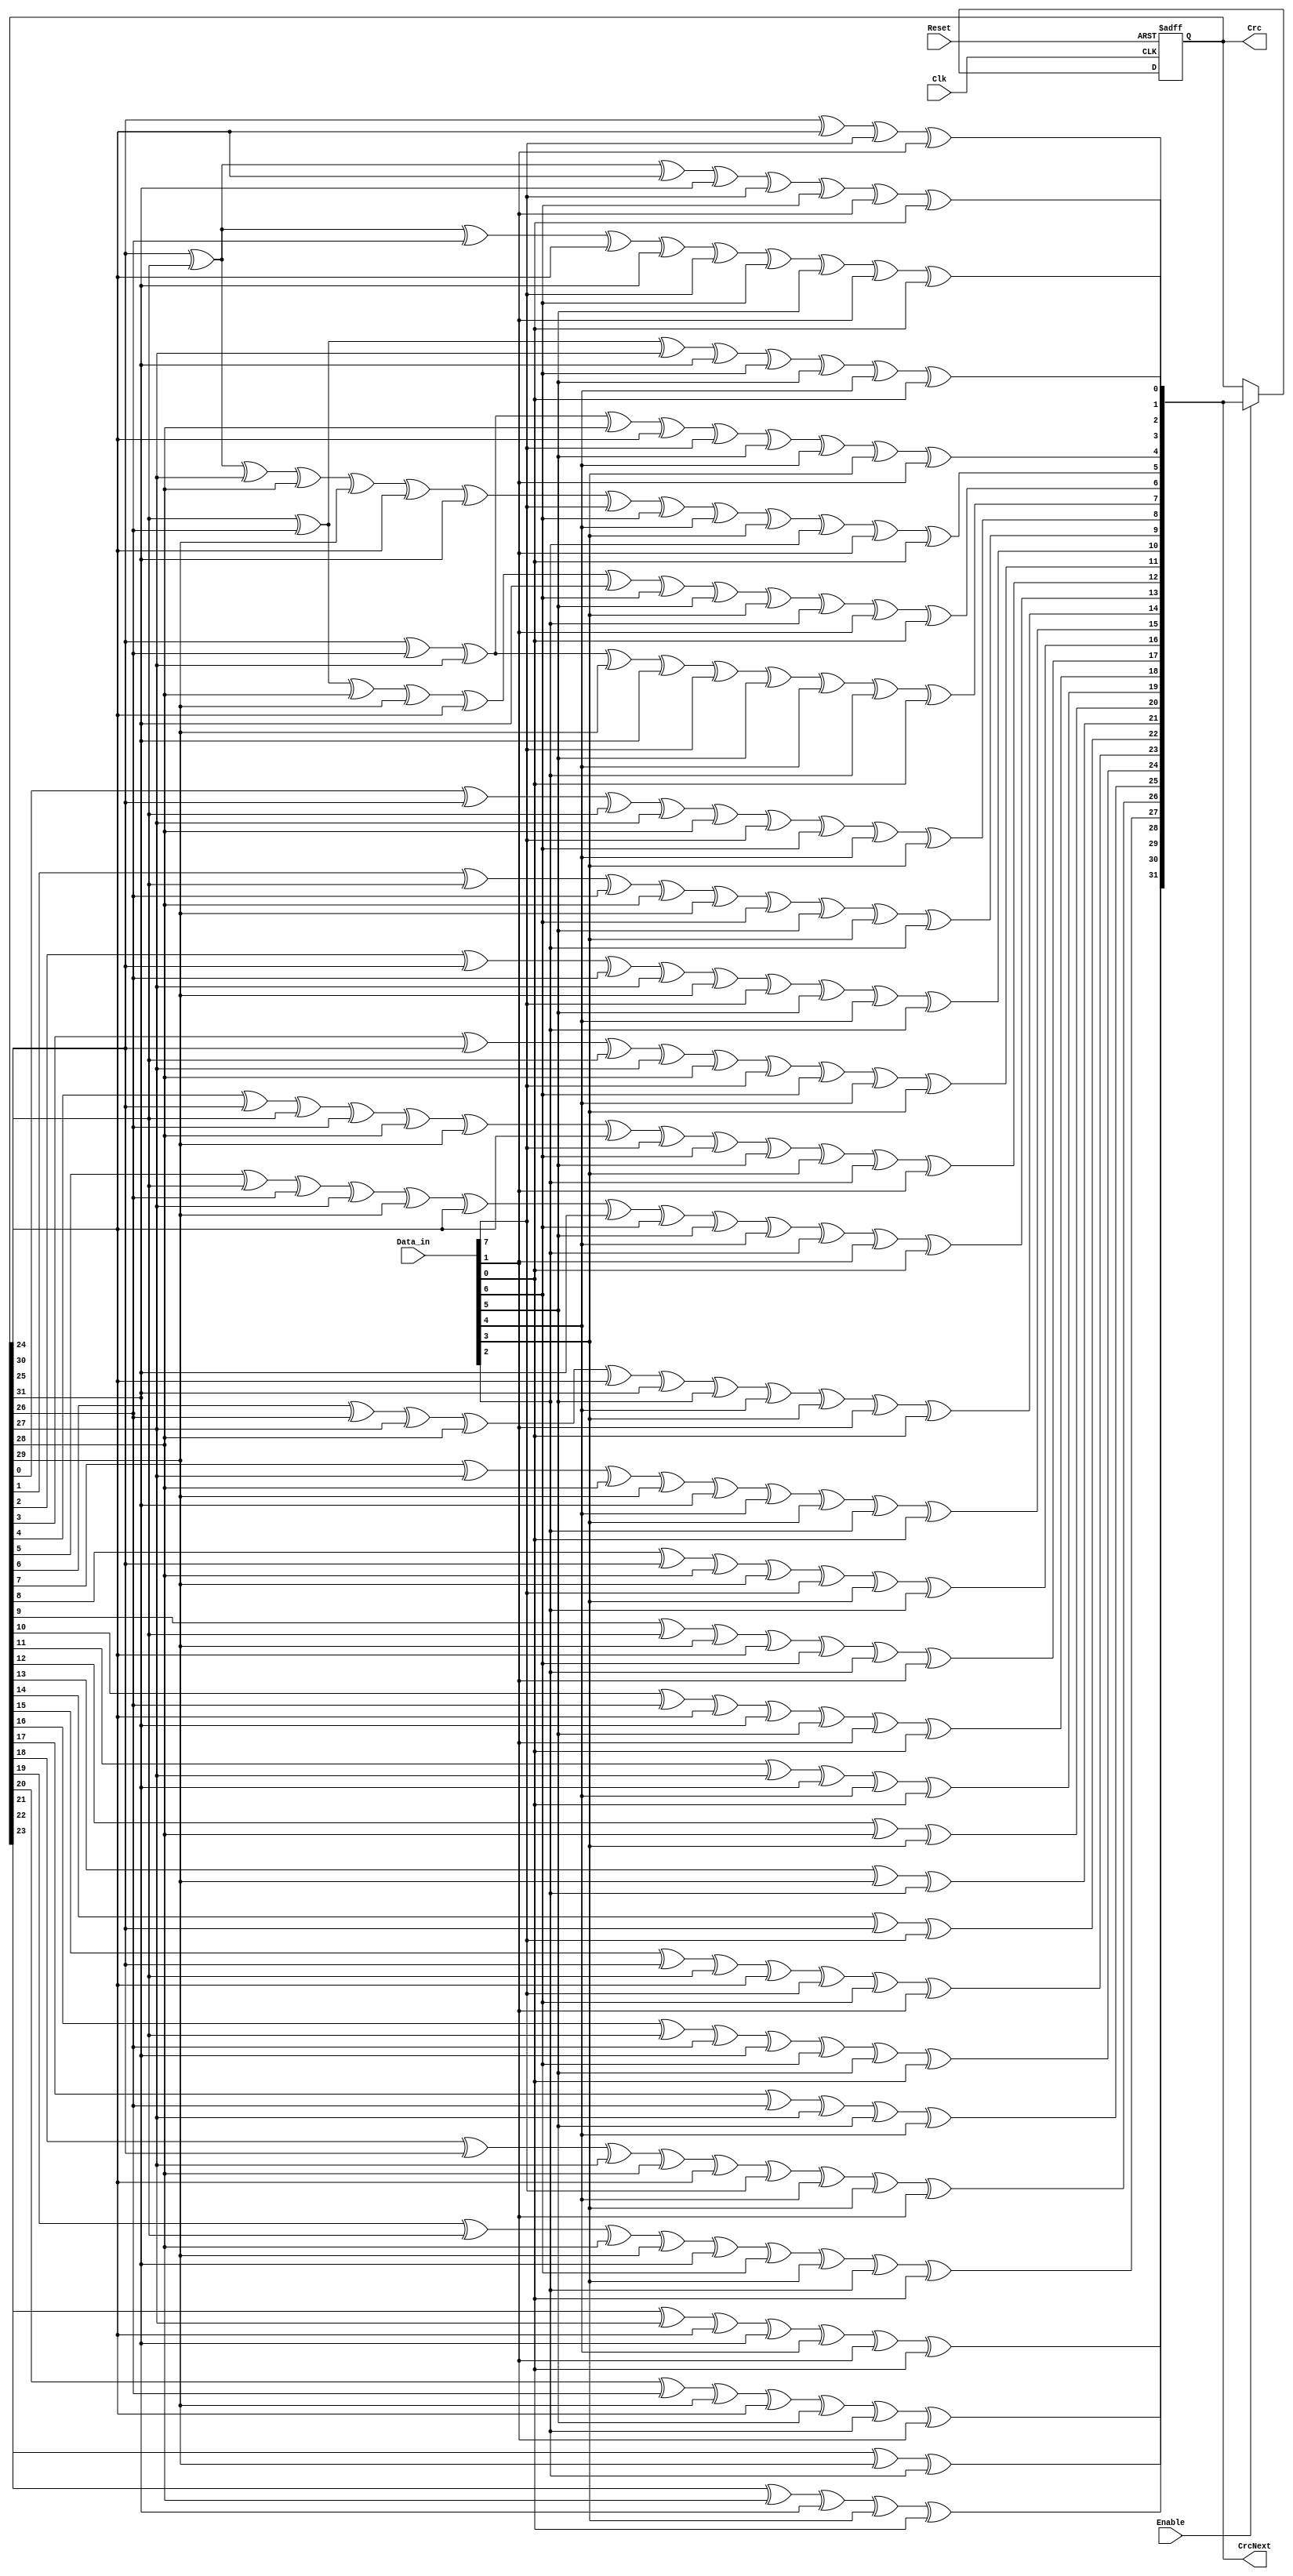
`timescale 1ns / 1ps
/****************************************/
//      CRC32   //
/****************************************/
module crc (Clk, Reset, Data_in, Enable, Crc,CrcNext);


parameter Tp = 1;

input Clk;
input Reset;
input [7:0] Data_in;
input Enable;

output [31:0] Crc;
reg  [31:0] Crc;

output [31:0] CrcNext;

wire [7:0] Data;

assign Data={Data_in[0],Data_in[1],Data_in[2],Data_in[3],Data_in[4],Data_in[5],Data_in[6],Data_in[7]};


assign CrcNext[0] = Crc[24] ^ Crc[30] ^ Data[0] ^ Data[6];
assign CrcNext[1] = Crc[24] ^ Crc[25] ^ Crc[30] ^ Crc[31] ^ Data[0] ^ Data[1] ^ Data[6] ^ Data[7];
assign CrcNext[2] = Crc[24] ^ Crc[25] ^ Crc[26] ^ Crc[30] ^ Crc[31] ^ Data[0] ^ Data[1] ^ Data[2] ^ Data[6] ^ Data[7];
assign CrcNext[3] = Crc[25] ^ Crc[26] ^ Crc[27] ^ Crc[31] ^ Data[1] ^ Data[2] ^ Data[3] ^ Data[7];
assign CrcNext[4] = Crc[24] ^ Crc[26] ^ Crc[27] ^ Crc[28] ^ Crc[30] ^ Data[0] ^ Data[2] ^ Data[3] ^ Data[4] ^ Data[6];
assign CrcNext[5] = Crc[24] ^ Crc[25] ^ Crc[27] ^ Crc[28] ^ Crc[29] ^ Crc[30] ^ Crc[31] ^ Data[0] ^ Data[1] ^ Data[3] ^ Data[4] ^ Data[5] ^ Data[6] ^ Data[7];
assign CrcNext[6] = Crc[25] ^ Crc[26] ^ Crc[28] ^ Crc[29] ^ Crc[30] ^ Crc[31] ^ Data[1] ^ Data[2] ^ Data[4] ^ Data[5] ^ Data[6] ^ Data[7];
assign CrcNext[7] = Crc[24] ^ Crc[26] ^ Crc[27] ^ Crc[29] ^ Crc[31] ^ Data[0] ^ Data[2] ^ Data[3] ^ Data[5] ^ Data[7];
assign CrcNext[8] = Crc[0] ^ Crc[24] ^ Crc[25] ^ Crc[27] ^ Crc[28] ^ Data[0] ^ Data[1] ^ Data[3] ^ Data[4];
assign CrcNext[9] = Crc[1] ^ Crc[25] ^ Crc[26] ^ Crc[28] ^ Crc[29] ^ Data[1] ^ Data[2] ^ Data[4] ^ Data[5];
assign CrcNext[10] = Crc[2] ^ Crc[24] ^ Crc[26] ^ Crc[27] ^ Crc[29] ^ Data[0] ^ Data[2] ^ Data[3] ^ Data[5];
assign CrcNext[11] = Crc[3] ^ Crc[24] ^ Crc[25] ^ Crc[27] ^ Crc[28] ^ Data[0] ^ Data[1] ^ Data[3] ^ Data[4];
assign CrcNext[12] = Crc[4] ^ Crc[24] ^ Crc[25] ^ Crc[26] ^ Crc[28] ^ Crc[29] ^ Crc[30] ^ Data[0] ^ Data[1] ^ Data[2] ^ Data[4] ^ Data[5] ^ Data[6];
assign CrcNext[13] = Crc[5] ^ Crc[25] ^ Crc[26] ^ Crc[27] ^ Crc[29] ^ Crc[30] ^ Crc[31] ^ Data[1] ^ Data[2] ^ Data[3] ^ Data[5] ^ Data[6] ^ Data[7];
assign CrcNext[14] = Crc[6] ^ Crc[26] ^ Crc[27] ^ Crc[28] ^ Crc[30] ^ Crc[31] ^ Data[2] ^ Data[3] ^ Data[4] ^ Data[6] ^ Data[7];
assign CrcNext[15] =  Crc[7] ^ Crc[27] ^ Crc[28] ^ Crc[29] ^ Crc[31] ^ Data[3] ^ Data[4] ^ Data[5] ^ Data[7];
assign CrcNext[16] = Crc[8] ^ Crc[24] ^ Crc[28] ^ Crc[29] ^ Data[0] ^ Data[4] ^ Data[5];
assign CrcNext[17] = Crc[9] ^ Crc[25] ^ Crc[29] ^ Crc[30] ^ Data[1] ^ Data[5] ^ Data[6];
assign CrcNext[18] = Crc[10] ^ Crc[26] ^ Crc[30] ^ Crc[31] ^ Data[2] ^ Data[6] ^ Data[7];
assign CrcNext[19] = Crc[11] ^ Crc[27] ^ Crc[31] ^ Data[3] ^ Data[7];
assign CrcNext[20] = Crc[12] ^ Crc[28] ^ Data[4];
assign CrcNext[21] = Crc[13] ^ Crc[29] ^ Data[5];
assign CrcNext[22] = Crc[14] ^ Crc[24] ^ Data[0];
assign CrcNext[23] = Crc[15] ^ Crc[24] ^ Crc[25] ^ Crc[30] ^ Data[0] ^ Data[1] ^ Data[6];
assign CrcNext[24] = Crc[16] ^ Crc[25] ^ Crc[26] ^ Crc[31] ^ Data[1] ^ Data[2] ^ Data[7];
assign CrcNext[25] = Crc[17] ^ Crc[26] ^ Crc[27] ^ Data[2] ^ Data[3];
assign CrcNext[26] = Crc[18] ^ Crc[24] ^ Crc[27] ^ Crc[28] ^ Crc[30] ^ Data[0] ^ Data[3] ^ Data[4] ^ Data[6];
assign CrcNext[27] = Crc[19] ^ Crc[25] ^ Crc[28] ^ Crc[29] ^ Crc[31] ^ Data[1] ^ Data[4] ^ Data[5] ^ Data[7];
assign CrcNext[28] = Crc[20] ^ Crc[26] ^ Crc[29] ^ Crc[30] ^ Data[2] ^ Data[5] ^ Data[6];
assign CrcNext[29] = Crc[21] ^ Crc[27] ^ Crc[30] ^ Crc[31] ^ Data[3] ^ Data[6] ^ Data[7];
assign CrcNext[30] = Crc[22] ^ Crc[28] ^ Crc[31] ^ Data[4] ^ Data[7];
assign CrcNext[31] = Crc[23] ^ Crc[29] ^ Data[5];

always @ (posedge Clk, posedge Reset)
  begin
    if (Reset)
      begin
        Crc <={32{1'b1}};
      end
    else if (Enable)
      Crc <=CrcNext;
  end
endmodule